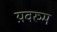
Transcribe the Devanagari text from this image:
य़वरुम